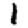
Digit: 1